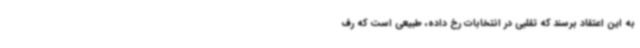
به این اعتقاد برسند که تقلبی در انتخابات رخ داده، طبیعی است که رف